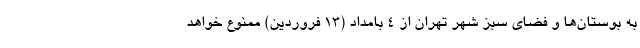
به بوستان‌ها و فضای سبز شهر تهران از ۴ بامداد (۱۳ فروردین) ممنوع خواهد